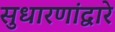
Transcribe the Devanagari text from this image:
सुधारणांद्वारे